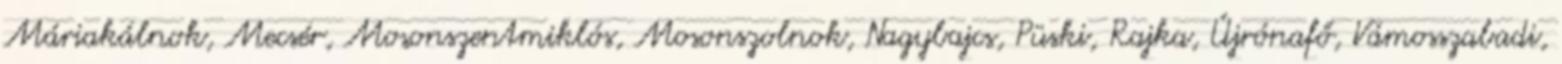
Máriakálnok, Mecsér, Mosonszentmiklós, Mosonszolnok, Nagybajcs, Püski, Rajka, Újrónafő, Vámosszabadi,